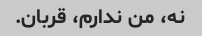
نه، من ندارم، قربان.